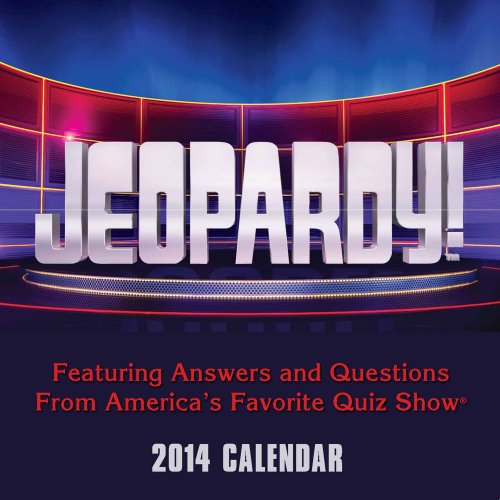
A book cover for Jeopardy! 2014 Day-to-Day Calendar: Featuring Answers and Questions From America's Favorite Quiz Show; Sony; Calendars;